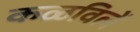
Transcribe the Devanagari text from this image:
कळविलें